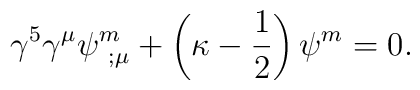
\gamma^5\gamma^{\mu}\psi^m_{\ ;\mu}+\left(\kappa-{1\over 2}\right)\psi^m=0.